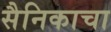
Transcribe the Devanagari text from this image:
सैनिकाचा